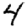
Digit: 4